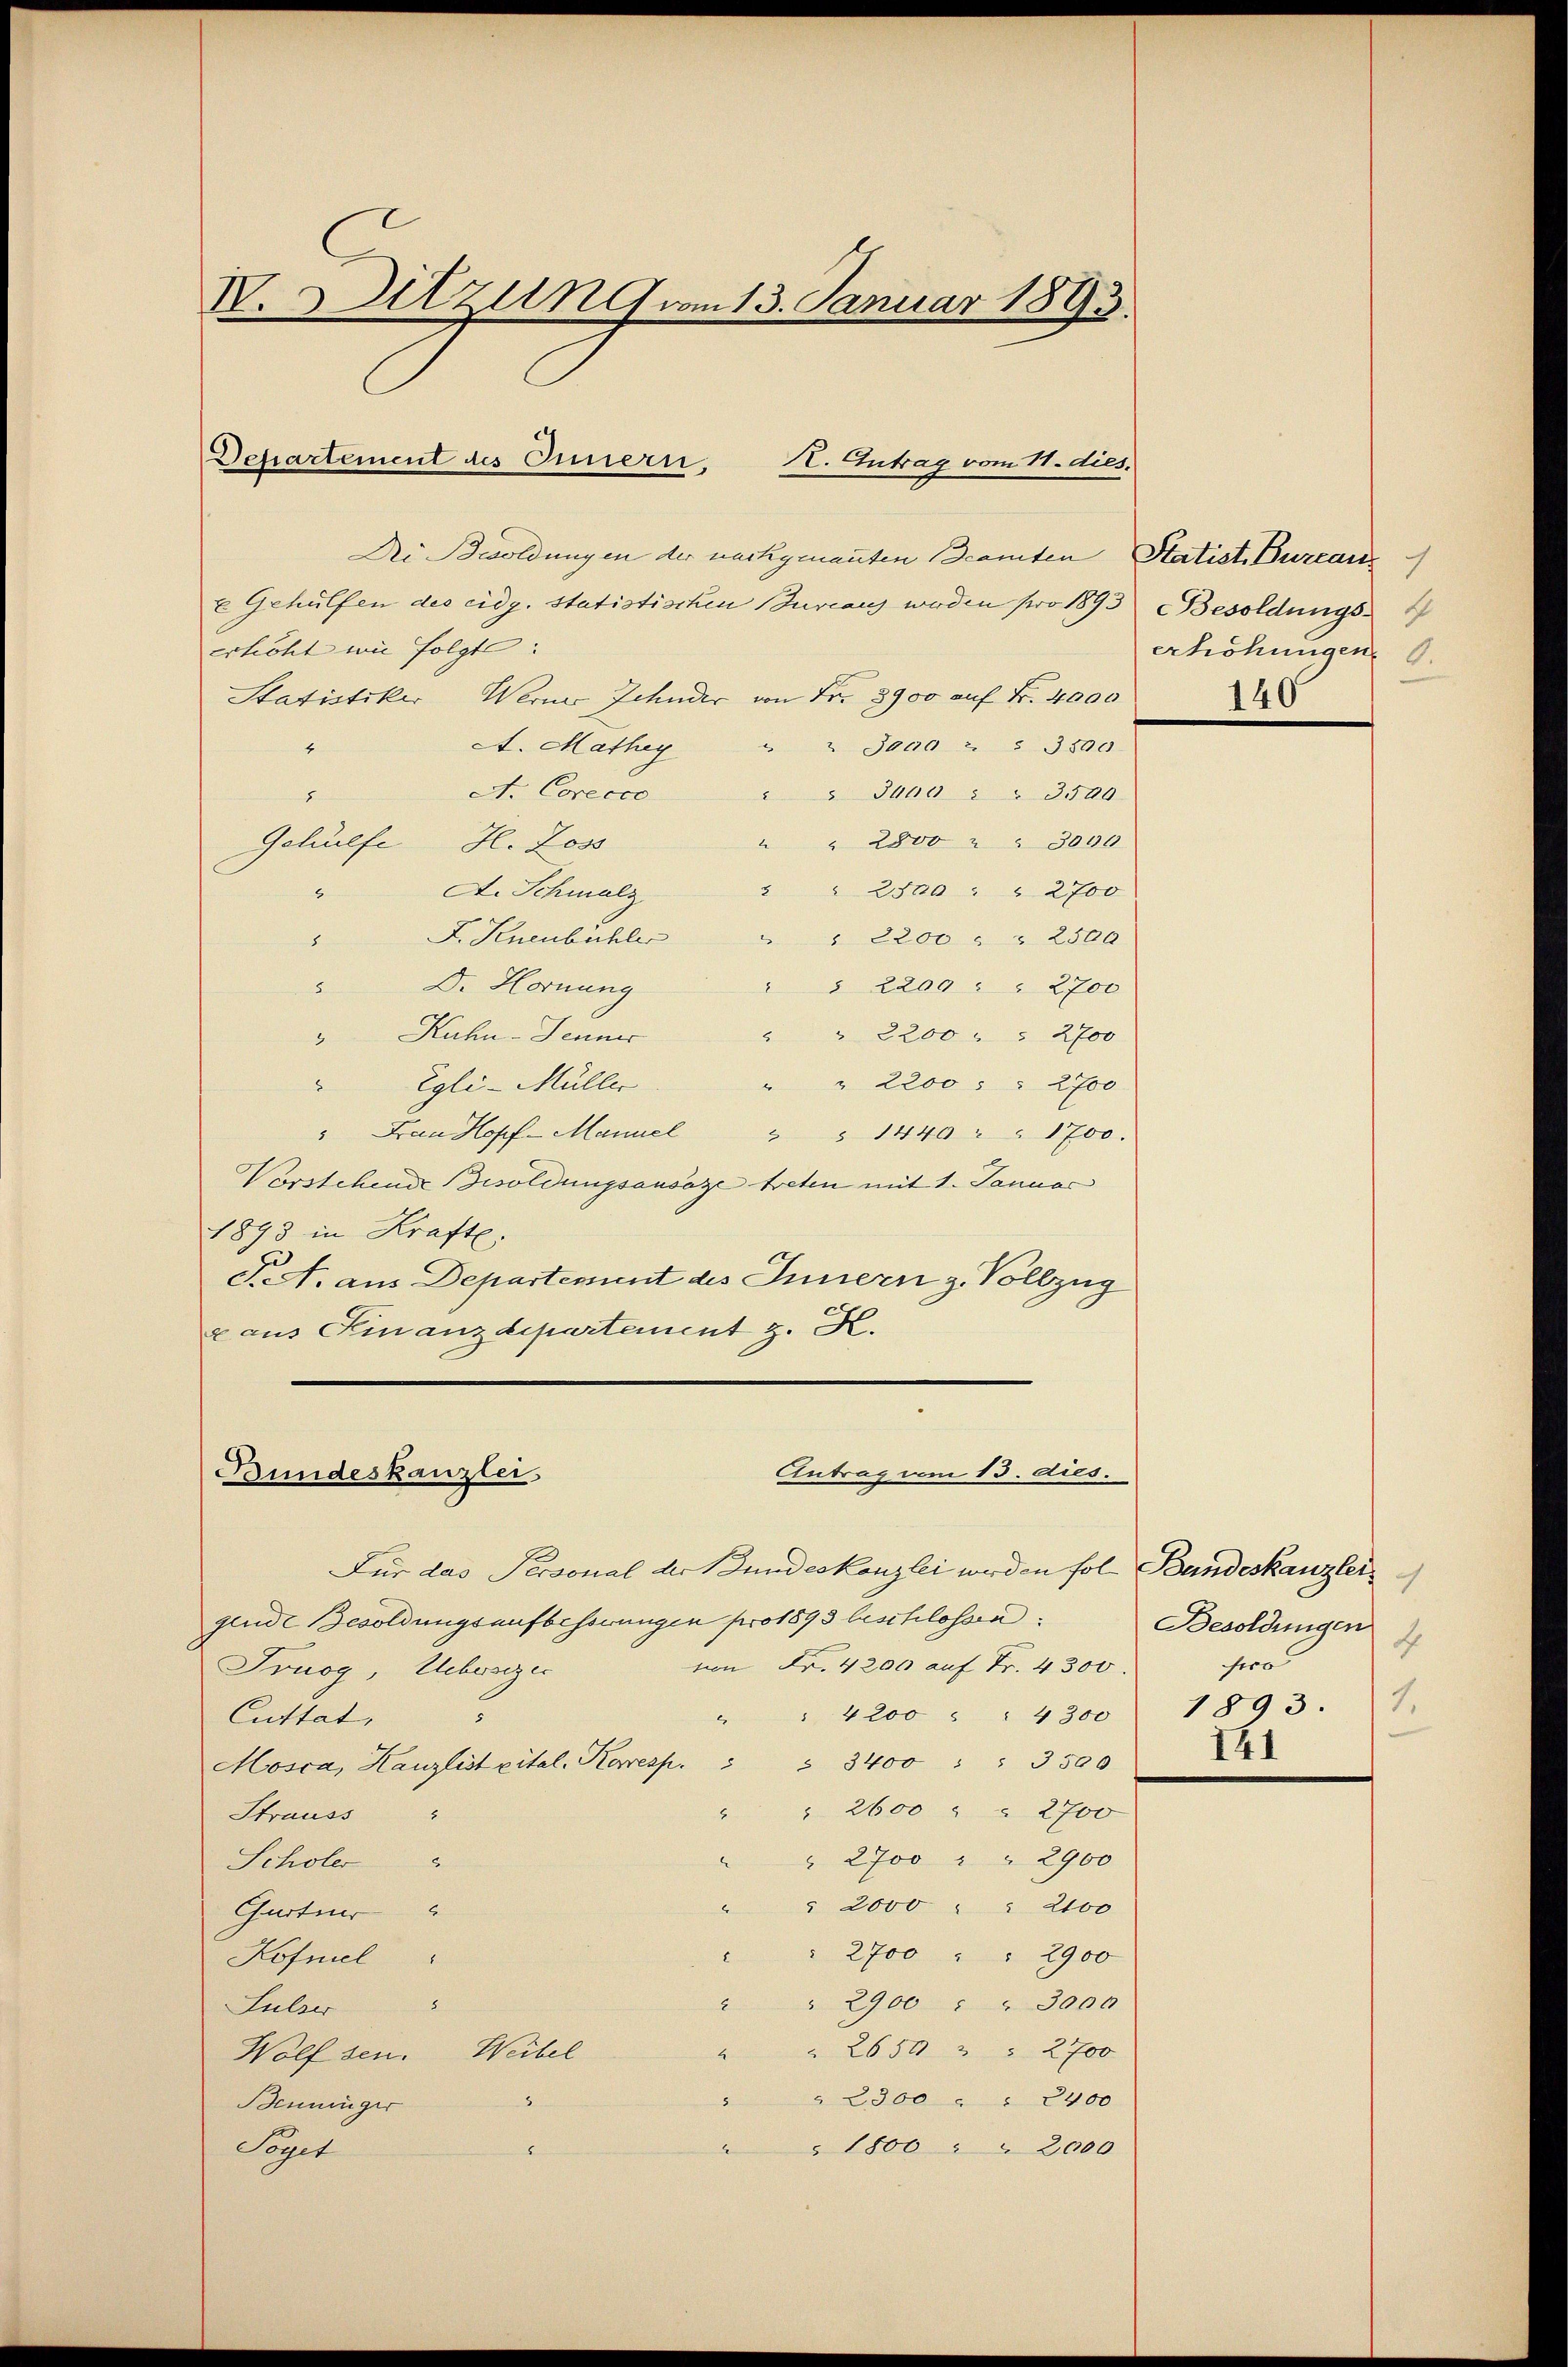
IV. Sitzung vom 13. Januar 1893.

Departement des Innern,
K. Antrag vom 11. dies.

Di Bwoldungen der nachgenannten Beamten Statist. Burcanx Gehülfen des eidg. statistischen Bureaus werden pro 1893. Besoldungs-
erhöht in folgte:
Statistiker Werner Zehnder von Fr. 8900 auf Fr. 4000
A. Mathey
" Jaco 2 § 3500
4
A. Corecco " " 3000 " " 3500
J
" " 2800 " " 3000
Gehülfe H. Jos
" " 2500 " " 2700
A. Schmalz
A
F. Knenbühler
" " 2200 " " 2500
m
Dr. Hornung
" " 2200 " " 2700
ne
" Kuhn-Jenner
" " 2200 " " 2700
" " 2200 " " 2700
" Egli-Müller
" Frau Hopf-Manuel " " 1440 " " 1700.
Vorstehende Besoldungsansäze treten mit 1. Januar
1898 in Kraft.
S. A. aus Departement des Innern z. Vollzug
z aus Kinanzdepartement z. K.

Antrag vom 13. dies.
Bundeskanzlei,

Für das Personal der Bundeskanzlei werden fol Bandeskanzlei
gende Besoldungsaufbesserungen pro 1893 beschlossen
von Fr. 4200 auf Fr. 4300.
Truog, Uchwarzer
" 4200 " " 4300
Cuttat,
5
A
Mosca, Kanzlist pital. Karresp. " " 3400 " " 3500
" " 2600 " " 2700
Strauss
" " 2700 " " 2900
Scholer
" " 2000 " " 2100
Gurtner
" 2700 " " 2900
Kofniel

" " 2900 " " 3000
Lulser
" " 2650 " " 2700
Wolf sen. Weibel
" " 2300 " " 2400
D
Benninger
1800 " " 2000
 eri
Soget

1
erhöhungen.
140

Besoldungen
b
ero
1.
1893.
141